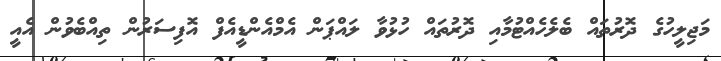
މަޖިލީހުގެ ދޮރުތައް ބެލެހެއްޓުމާއި ދޮރުތައް ހުޅުވާ ލައްޕަން އެމްއެންޑީއެފް އޮފިސަރުން ތިއްބެވުން އެއީ